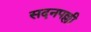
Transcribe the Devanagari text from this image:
सदनपल्ली